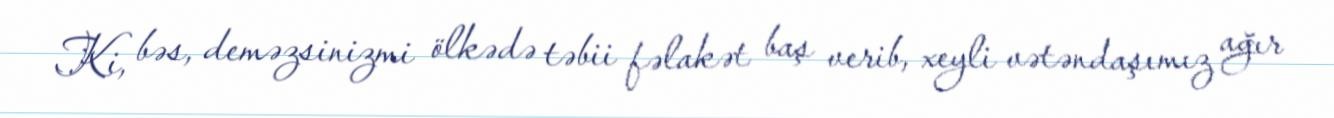
Ki, bəs, deməzsinizmi ölkədə təbii fəlakət baş verib, xeyli vətəndaşımız ağır